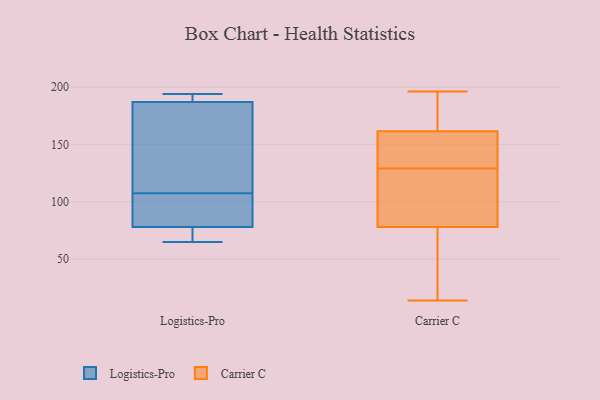
{"axis": {"x": "Population (Million)", "y": "Value"}, "legend": ["Carrier C", "Logistics-Pro"], "data": [{"x": "", "y": 78, "type": "Logistics-Pro"}, {"x": "", "y": 176, "type": "Logistics-Pro"}, {"x": "", "y": 79, "type": "Logistics-Pro"}, {"x": "", "y": 114, "type": "Logistics-Pro"}, {"x": "", "y": 187, "type": "Logistics-Pro"}, {"x": "", "y": 65, "type": "Logistics-Pro"}, {"x": "", "y": 194, "type": "Logistics-Pro"}, {"x": "", "y": 76, "type": "Logistics-Pro"}, {"x": "", "y": 192, "type": "Logistics-Pro"}, {"x": "", "y": 101, "type": "Logistics-Pro"}, {"x": "", "y": 81, "type": "Carrier C"}, {"x": "", "y": 112, "type": "Carrier C"}, {"x": "", "y": 192, "type": "Carrier C"}, {"x": "", "y": 160, "type": "Carrier C"}, {"x": "", "y": 77, "type": "Carrier C"}, {"x": "", "y": 196, "type": "Carrier C"}, {"x": "", "y": 58, "type": "Carrier C"}, {"x": "", "y": 157, "type": "Carrier C"}, {"x": "", "y": 102, "type": "Carrier C"}, {"x": "", "y": 27, "type": "Carrier C"}, {"x": "", "y": 152, "type": "Carrier C"}, {"x": "", "y": 154, "type": "Carrier C"}, {"x": "", "y": 14, "type": "Carrier C"}, {"x": "", "y": 129, "type": "Carrier C"}, {"x": "", "y": 180, "type": "Carrier C"}, {"x": "", "y": 173, "type": "Carrier C"}, {"x": "", "y": 162, "type": "Carrier C"}, {"x": "", "y": 76, "type": "Carrier C"}, {"x": "", "y": 86, "type": "Carrier C"}]}